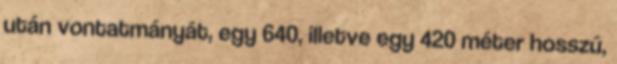
után vontatmányát, egy 640, illetve egy 420 méter hosszú,